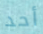
أحد